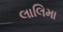
લાલિમા